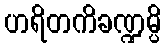
ဟရိတကိခဏ္ဍမ္ပိ